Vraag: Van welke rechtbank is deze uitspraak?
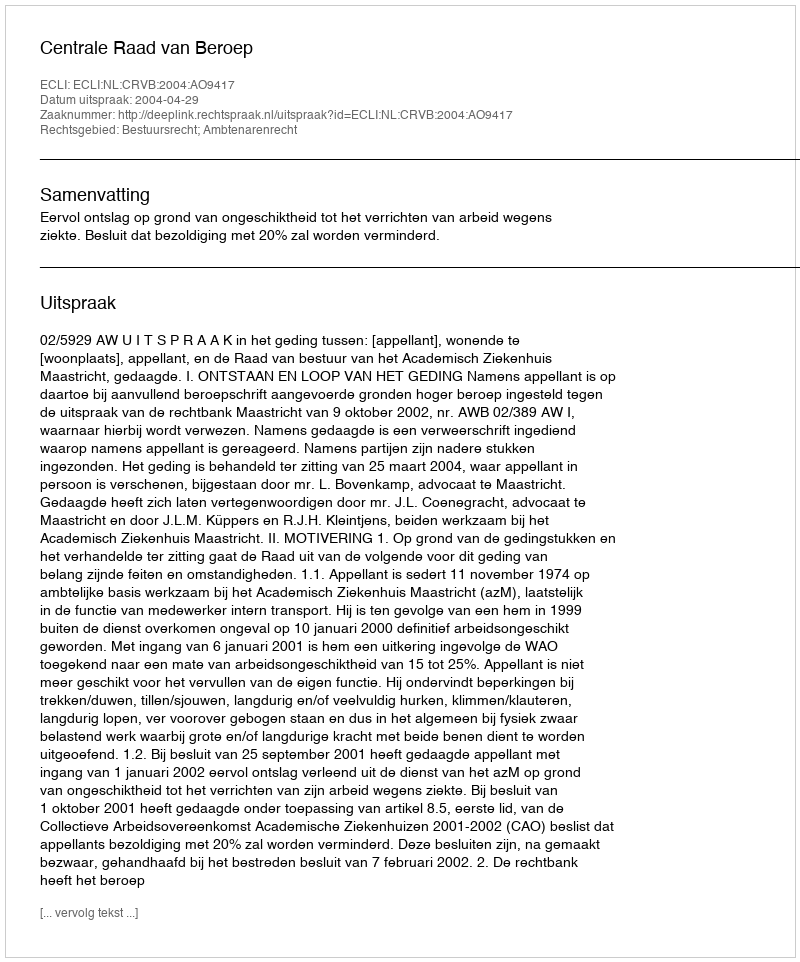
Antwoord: Centrale Raad van Beroep